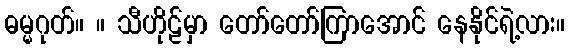
ဓမ္မဂုတ်။ ။ သီဟိုဠ်မှာ တော်တော်ကြာအောင် နေနိုင်ရဲ့လား။